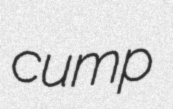
cump